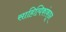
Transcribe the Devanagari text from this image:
साहित्यिकांकडून